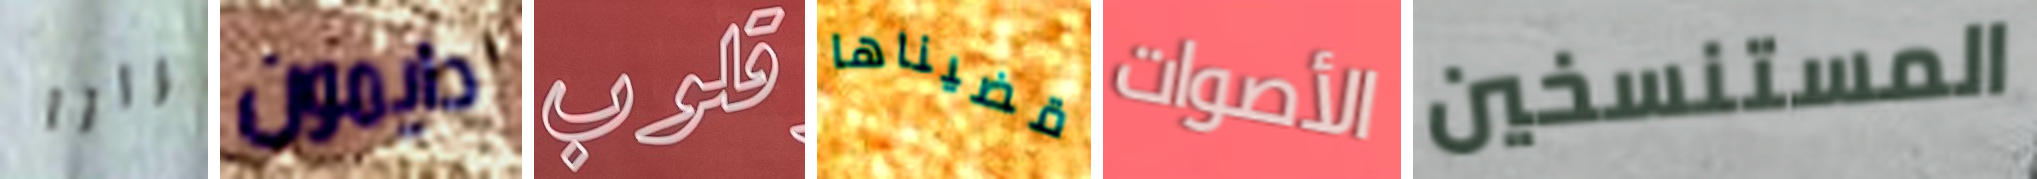
مرارا دايمون قلوب قضيناها الأصوات المستنسخين